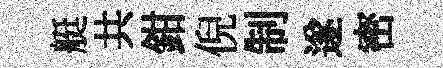
艇共鉗倪制遂密